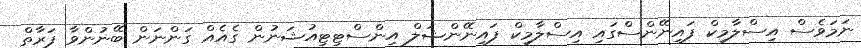
ނަމަވެސް އިސްލާމިކް ފައިނޭންސްގައި އިސްލާމިކް ފައިނޭންޝަލް އިންސްޓިޓިއުޝަނުން ގެއެއް ގަންނަން ބޭނުންވާ ފަރާތް